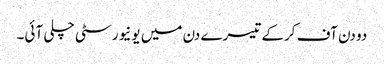
دو دن آف کرکے تیسرے دن میں یونیورسٹی چلی آئی۔